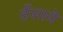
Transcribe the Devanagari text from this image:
हँसाये